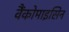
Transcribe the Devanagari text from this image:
वैंकोमाइसिन